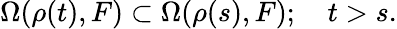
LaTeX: \Omega(\rho(t),F)\subset\Omega(\rho(s),F);\quad t>s.